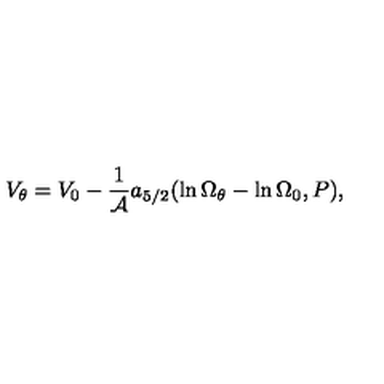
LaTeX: V _ { \theta } = V _ { 0 } - { \frac { 1 } { \cal A } } a _ { 5 / 2 } ( \ln \Omega _ { \theta } - \ln \Omega _ { 0 } , P ) ,